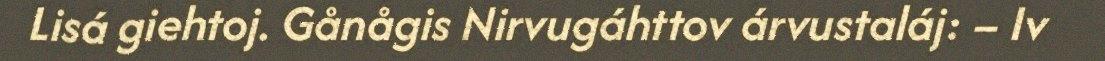
Lisá giehtoj. Gånågis Nirvugáhttov árvustaláj: – Iv